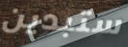
ستبدين